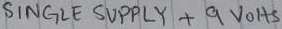
Text: SINGLE SUPPLY +9VOLTS